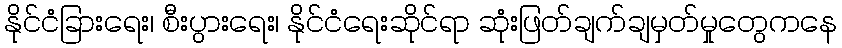
နိုင်ငံခြားရေး၊ စီးပွားရေး၊ နိုင်ငံရေးဆိုင်ရာ ဆုံးဖြတ်ချက်ချမှတ်မှုတွေကနေ